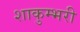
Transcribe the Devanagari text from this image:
शाकुम्भरी